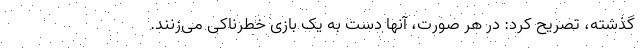
گذشته، تصریح کرد: در هر صورت، آنها دست به یک بازی خطرناکی می‌زنند.